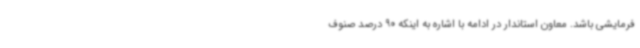
فرمایشی باشد. معاون استاندار در ادامه با اشاره به اینکه 90 درصد صنوف